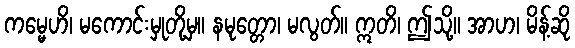
ကမ္မေဟိ၊ မကောင်းမှုတို့မှ။ နမုတ္တော၊ မလွတ်။ ဣတိ၊ ဤသို့။ အာဟ၊ မိန့်ဆို